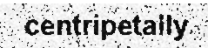
centripetally